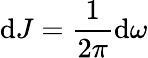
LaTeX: \mathrm{d}J=\frac{1}{2\pi}\mathrm{d}\omega